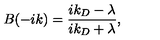
B ( - i k ) = \frac { i k _ { D } - \lambda } { i k _ { D } + \lambda } ,